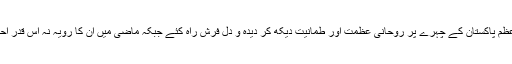
شاہ سلمان اور سعودی شاہی خاندان نے وزیراعظم پاکستان کے چہرے پر روحانی عظمت اور طمانیت دیکھ کر دیدہ و دل فرش راہ کئے جبکہ ماضی میں ان کا رویہ نہ اس قدر احترام آمیز ہوتا تھا اور نہ ہی اس قدر گرمجوش۔